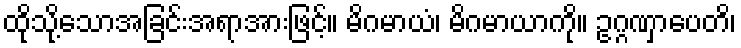
ထိုသို့သောအခြင်းအရာအားဖြင့်။ မိဂမာယံ၊ မိဂမာယာကို။ ဥဂ္ဂဏှာပေတိ၊